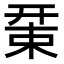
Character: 𢆚